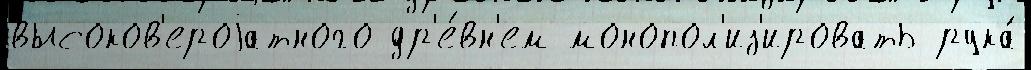
высоков'ероjатного др'е́вн'ем монопол'из'ировать рука́